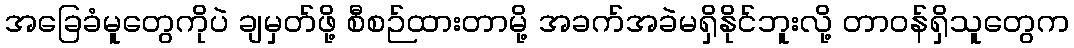
အခြေခံမူတွေကိုပဲ ချမှတ်ဖို့ စီစဉ်ထားတာမို့ အခက်အခဲမရှိနိုင်ဘူးလို့ တာဝန်ရှိသူတွေက